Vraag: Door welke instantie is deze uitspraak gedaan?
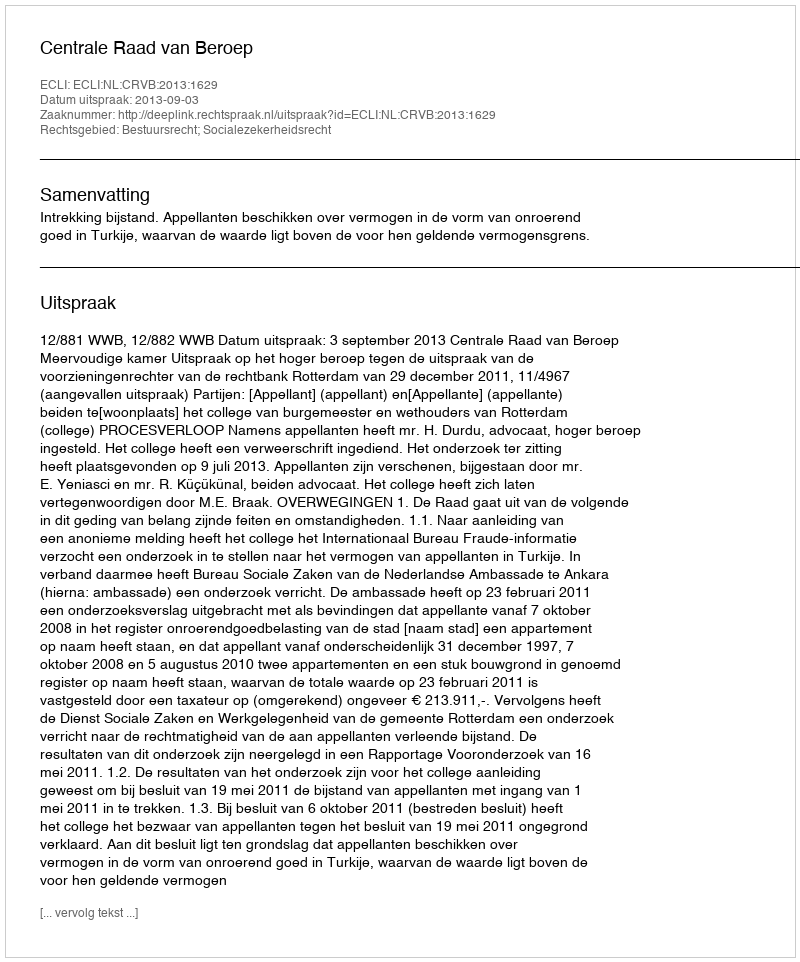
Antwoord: Centrale Raad van Beroep